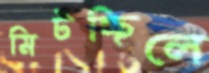
মিটচ্ছিলে